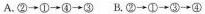
A.②→①→④→③B.②→①→③→④